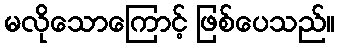
မလိုသောကြောင့် ဖြစ်ပေသည်။